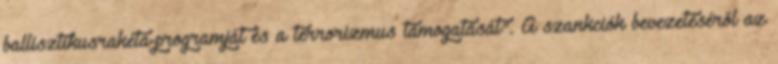
ballisztikusrakéta-programját és a terrorizmus támogatását". A szankciók bevezetéséről az